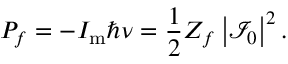
P _ { f } = - I _ { \mathrm { { m } } } \hbar \nu = \frac { 1 } { 2 } Z _ { f } \left| \mathcal { I } _ { 0 } \right| ^ { 2 } .